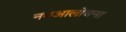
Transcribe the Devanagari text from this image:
नवआलोचना